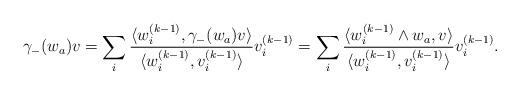
LaTeX: \begin{align*}\gamma_{-}(w_{a})v=\sum_{i}\frac{\langle w_{i}^{(k-1)},\gamma_{-}(w_{a})v\rangle}{\langle w_{i}^{(k-1)},v_{i}^{(k-1)}\rangle}v_{i}^{(k-1)}=\sum_{i}\frac{\langle w_{i}^{(k-1)}\wedge w_{a},v\rangle}{\langle w_{i}^{(k-1)},v_{i}^{(k-1)}\rangle}v_{i}^{(k-1)}.\end{align*}